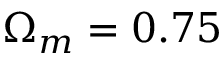
\Omega _ { m } = 0 . 7 5